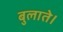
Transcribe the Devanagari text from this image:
बुलाते।